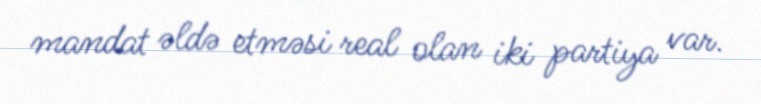
mandat əldə etməsi real olan iki partiya var.